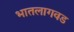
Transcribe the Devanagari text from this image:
भातलागवड